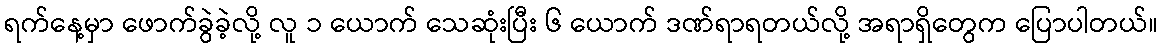
ရက်နေ့မှာ ဖောက်ခွဲခဲ့လို့ လူ ၁ ယောက် သေဆုံးပြီး ၆ ယောက် ဒဏ်ရာရတယ်လို့ အရာရှိတွေက ပြောပါတယ်။